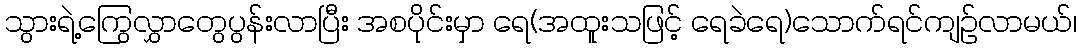
သွားရဲ့ကြွေလွှာတွေပွန်းလာပြီး အစပိုင်းမှာ ရေ(အထူးသဖြင့် ရေခဲရေ)သောက်ရင်ကျဉ်လာမယ်၊